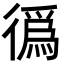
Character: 𢕷